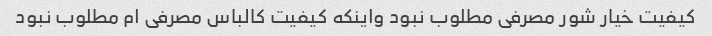
کیفیت خیار شور مصرفی مطلوب نبود واینکه کیفیت کالباس مصرفی ام مطلوب نبود